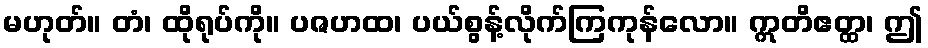
မဟုတ်။ တံ၊ ထိုရုပ်ကို။ ပဇဟထ၊ ပယ်စွန့်လိုက်ကြကုန်လော။ ဣတိဧတ္ထ၊ ဤ